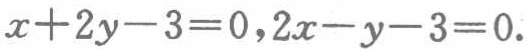
$x + 2y - 3 = 0,2x - y - 3 = 0.$